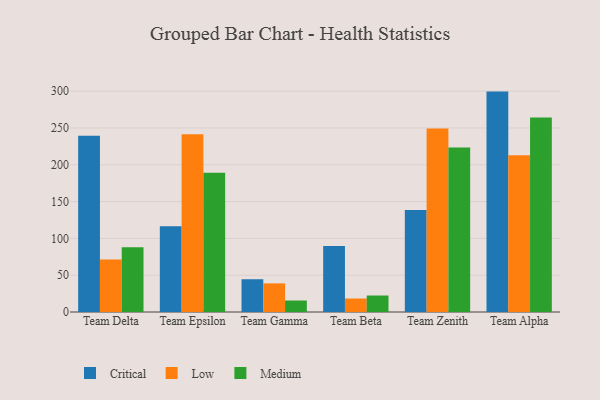
{"axis": {"x": "Team", "y": "LTV (USD)"}, "legend": ["Critical", "Low", "Medium"], "data": [{"x": "Team Delta", "y": 239.3, "type": "Critical"}, {"x": "Team Delta", "y": 71.3, "type": "Low"}, {"x": "Team Delta", "y": 87.8, "type": "Medium"}, {"x": "Team Epsilon", "y": 116.4, "type": "Critical"}, {"x": "Team Epsilon", "y": 241.5, "type": "Low"}, {"x": "Team Epsilon", "y": 189.0, "type": "Medium"}, {"x": "Team Gamma", "y": 44.5, "type": "Critical"}, {"x": "Team Gamma", "y": 38.9, "type": "Low"}, {"x": "Team Gamma", "y": 15.6, "type": "Medium"}, {"x": "Team Beta", "y": 89.5, "type": "Critical"}, {"x": "Team Beta", "y": 18.3, "type": "Low"}, {"x": "Team Beta", "y": 22.4, "type": "Medium"}, {"x": "Team Zenith", "y": 138.5, "type": "Critical"}, {"x": "Team Zenith", "y": 249.3, "type": "Low"}, {"x": "Team Zenith", "y": 223.6, "type": "Medium"}, {"x": "Team Alpha", "y": 299.4, "type": "Critical"}, {"x": "Team Alpha", "y": 213.1, "type": "Low"}, {"x": "Team Alpha", "y": 264.1, "type": "Medium"}]}